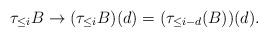
LaTeX: \begin{align*}\tau_{\le i}B \to (\tau_{\le i}B)(d) =(\tau_{ \le i-d}(B))(d).\end{align*}